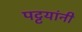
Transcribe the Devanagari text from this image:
पट्टयांनी